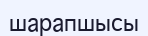
шарапшысы